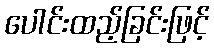
ပေါင်းထည့်ခြင်းဖြင့်